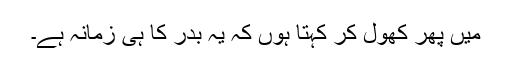
میں پھر کھول کر کہتا ہوں کہ یہ بدر کا ہی زمانہ ہے۔